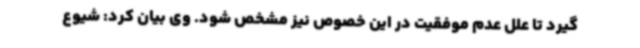
گیرد تا علل عدم موفقیت در این خصوص نیز مشخص شود. وی بیان کرد: شیوع